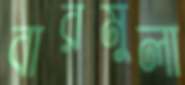
বারমুলা